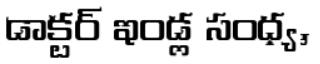
డాక్టర్ ఇండ్ల సంధ్య,